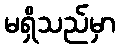
မရှိသည်မှာ